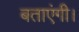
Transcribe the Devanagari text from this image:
बताएंगी।